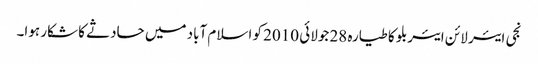
نجی ایئر لائن ایئربلو کا طیارہ 28 جولائی 2010 کو اسلام آباد میں حادثے کا شکار ہوا۔